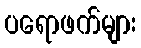
ပရောဖက်များ